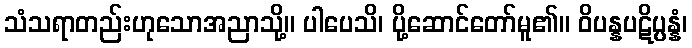
သံသရာတည်းဟုသောအညာသို့။ ပါပေသိ၊ ပို့ဆောင်တော်မူ၏။ ဝိပန္နပဋိပ္ပန္နံ၊